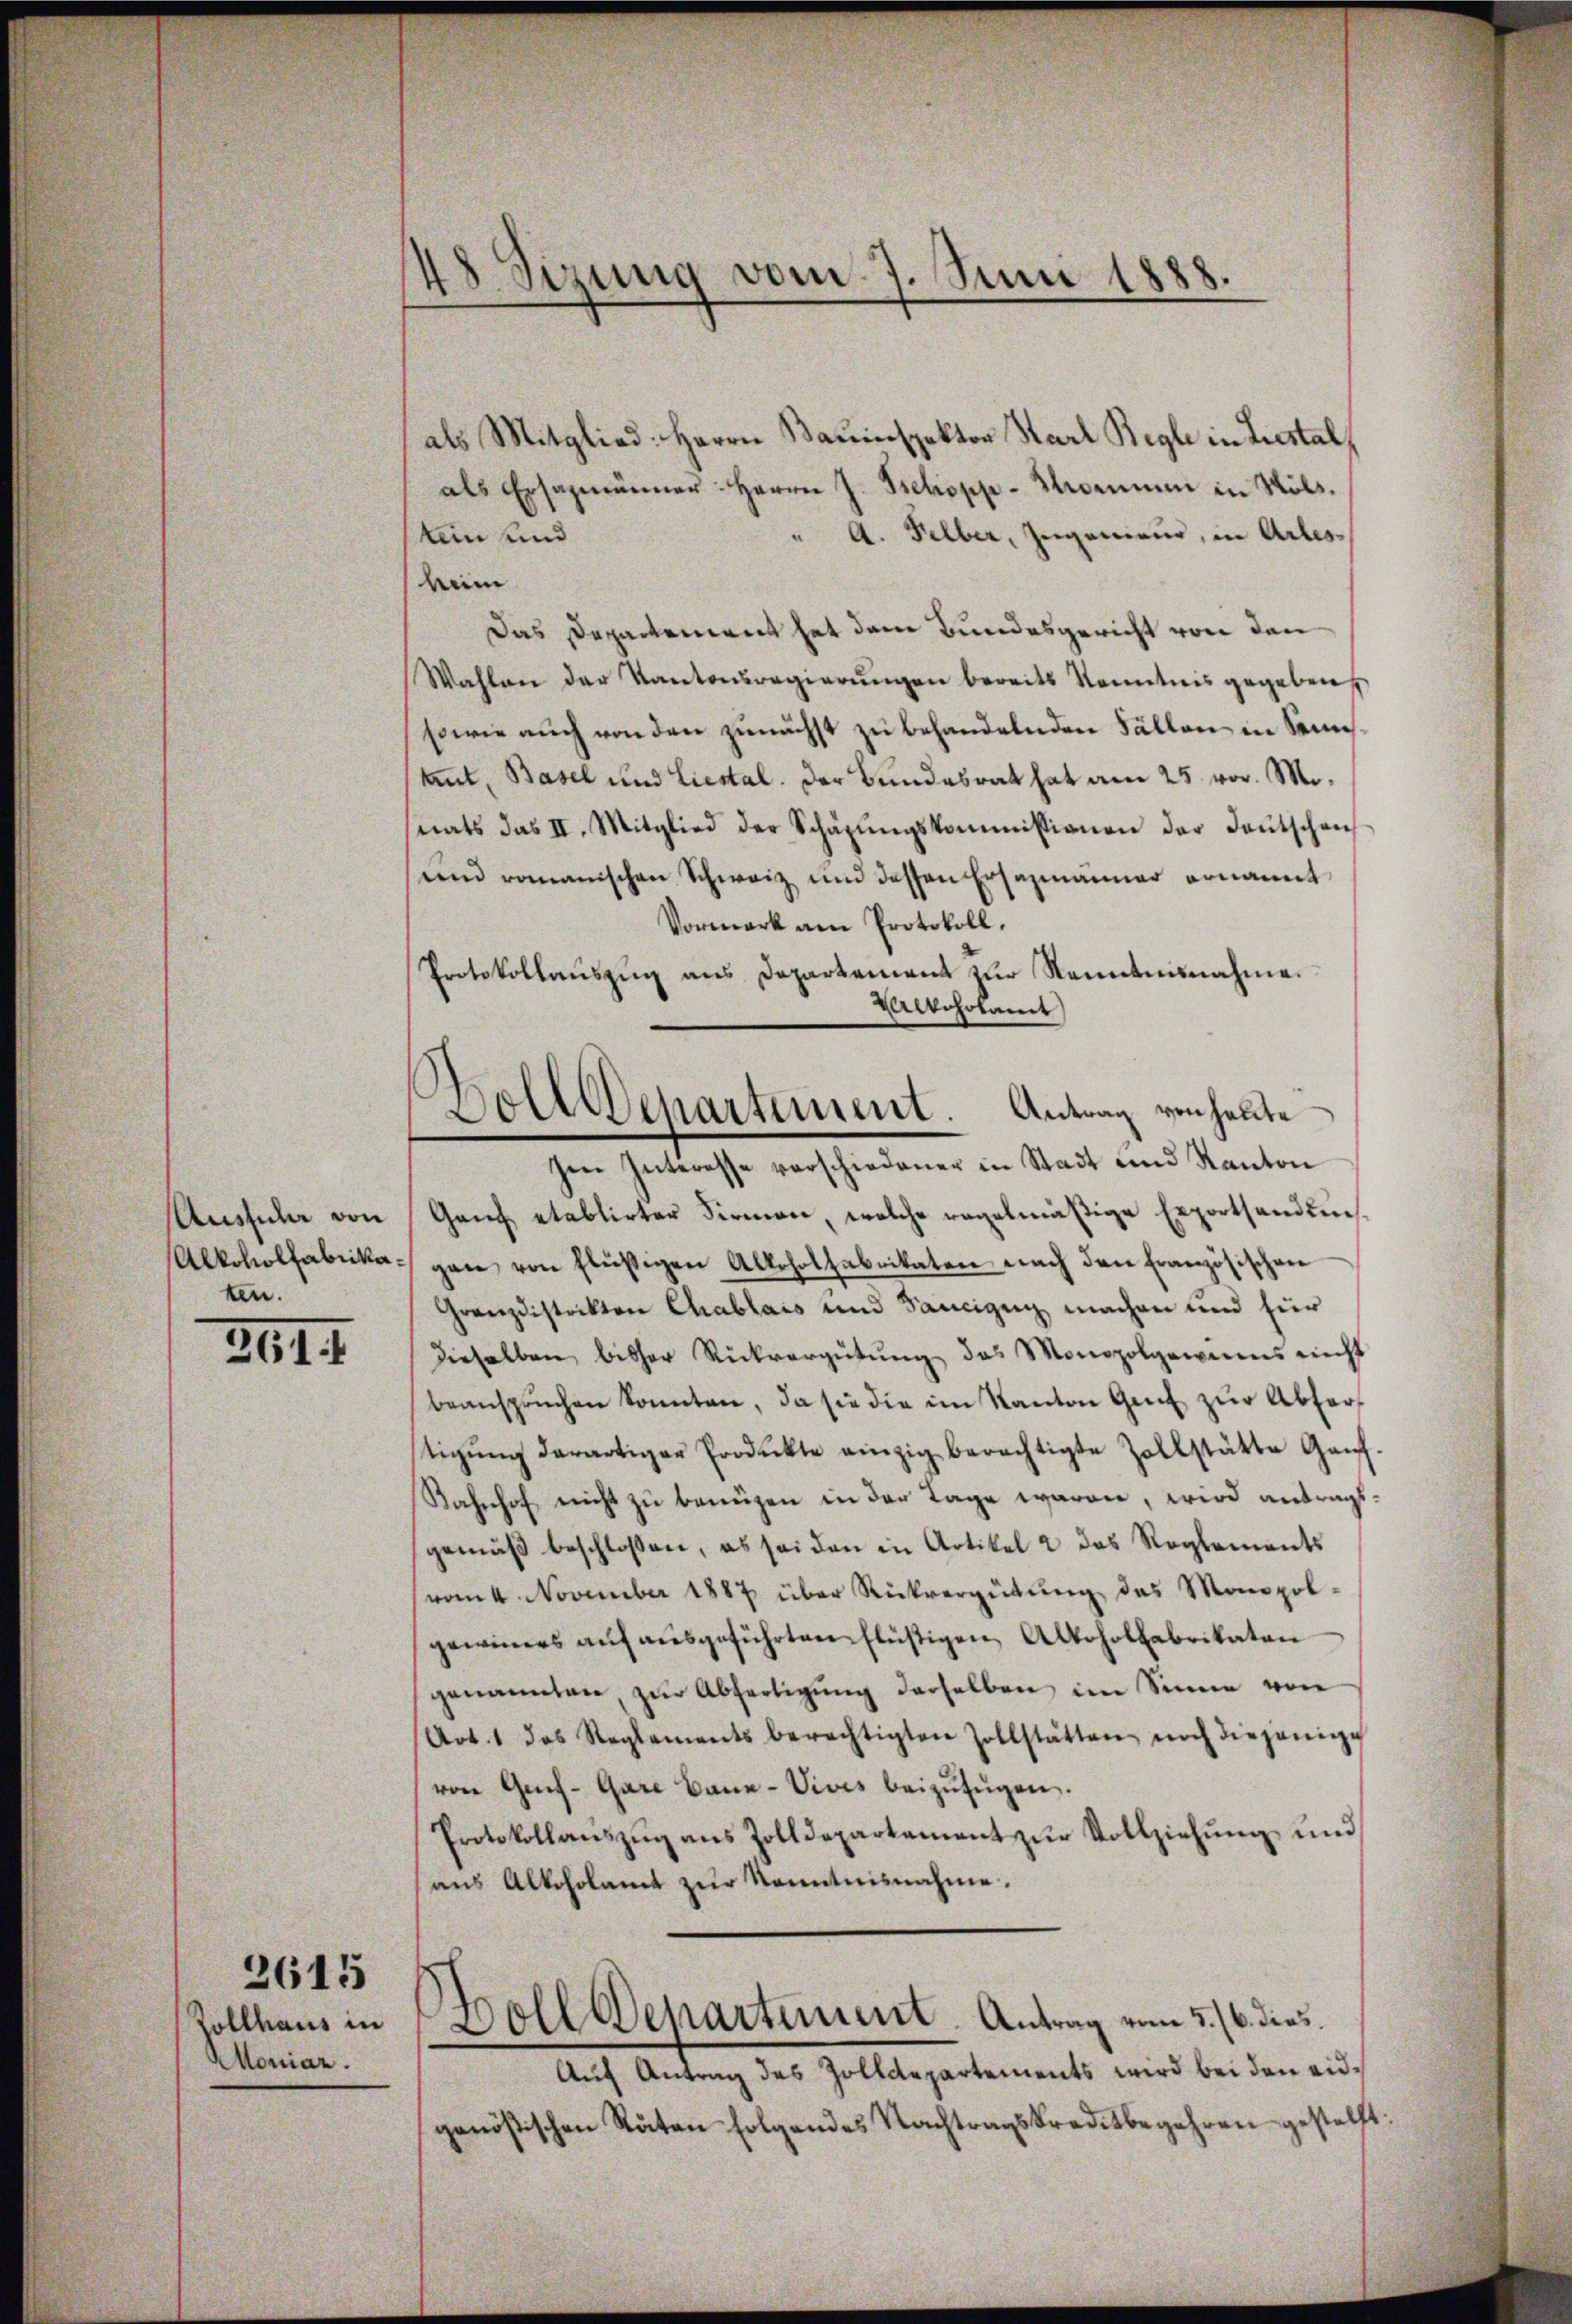
Aussicher von
Alkoholfabrikaten.

211

Zollhaus in
Moniar.

2615

8 Sizung vom 7. Juni 1888.

als Mitglied: Herrn Bauinspektor Karl Regle in Liestal,
als Ersazmänner: Herrn J. Schopp-Kommen in Nols.
" A. Selber, Ingenieur, in Arles
tein und
wein
Das Departement hat dem Bundesgericht von den
Wahlen der Kantonsregierŭngen bereits Kenntnis gegeben,
sowie auch von den zunächst zu behandelnden Fällen in Semestut, Basel und Liestal. Der Bundesrat hat am 25. vor. Mo.
nats das II. Mitglied der Schäzŭngskommissionen der Deutschen
en romanischen Schweiz und dessen Ersazmanner ernannt
Vormerk am Protokoll.
Protokollaŭszŭg ans Departement zŭr Kenntnisnahme.
ckosolamt
hen Interesse verschiedener in Stadt und Kanton
Ganz etablirter Firmen, welche regelmäßige Exporthandensgen von flüßigen Alkoholfabrikaten nach den französischen
Granzdistrikten Chablais und Sancigung machen und für
dieselben bisher Rückvergütŭng des Monopolgewinns nicht
beansprŭchen konnten, da sie die im Kanton Genf zŭr Abfertigŭng derartiger Produkte einzig berechtigte Zollstätte Ganz.
Kahnhof nicht zu benuzen in der Tage waren, wird antragsgemäβ beschlossen, es sei den in Artikel 2 das Reglements
vom 4 November 1887 über Rückvergütŭng des Monopolgewinnes aŭf aŭsgeführten Flüstigen Alkoholfabrikaten
genannten, zŭr Abfertigŭng derselben im Sinne von
Art. 1 das Reglements berechtigten Zollstätten noch diejenige
von Geif-Gare Baŭe-Vives beizufügen.
Protokollaŭszŭg ans Zolldepartement zŭr Vollziehŭng und
aus Alkoholamt zur Kenntnisnahme.
Doll Departement. Antrag vom 5./6. dies
Auf Antrag des Zolldepartements wird bei den eidgenößischen Räten folgendes Nachtragskreditbegehren gestellt:

Wolldepartement. Antrag von heute